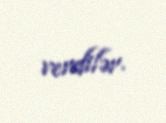
verdilər.